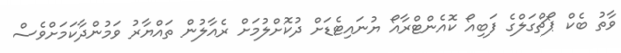
ވާތު ބެކް ޕޯޗްގަލްގެ ފަބިއޯ ކޮއެންޓްރާއޯ ޔުނައިޓެޑަށް ދުކޮށްލުމަށް ރެއާލުން ތައްޔާރު ވަމުންދާކަމަށްވެސް